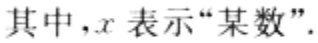
其中，\(x\)表示“某数”.